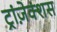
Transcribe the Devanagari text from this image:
ट्रांज़ेक्शंस